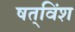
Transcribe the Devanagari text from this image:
षत्‌विंश